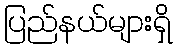
ပြည်နယ်များရှိ